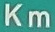
Km